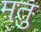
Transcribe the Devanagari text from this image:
मतु